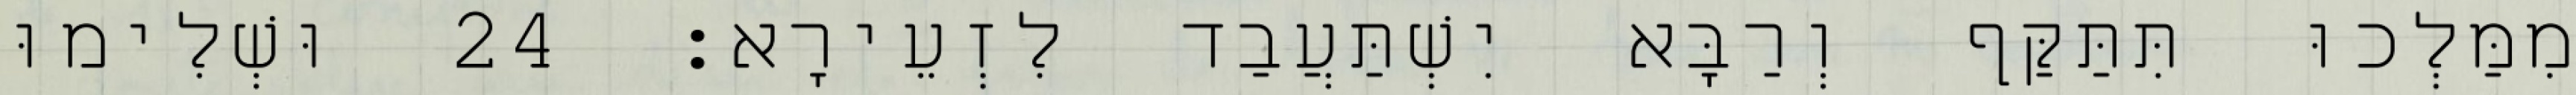
מִמַּלְכוּ תִּתַּקַּף וְרַבָּא יִשְׁתַּעֲבַד לִזְעֵירָא׃ 24 וּשְׁלִימוּ